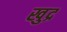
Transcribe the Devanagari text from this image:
खुद्र